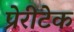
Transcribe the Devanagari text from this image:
प्रेरीटेक